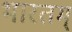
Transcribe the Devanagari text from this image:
भारतम्‌